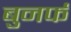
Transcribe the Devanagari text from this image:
बुनर्फ